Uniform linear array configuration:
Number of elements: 48
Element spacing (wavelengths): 0.75
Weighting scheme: uniform
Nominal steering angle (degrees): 0
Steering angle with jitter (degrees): -1.282
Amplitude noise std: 0.05
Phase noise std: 0.05

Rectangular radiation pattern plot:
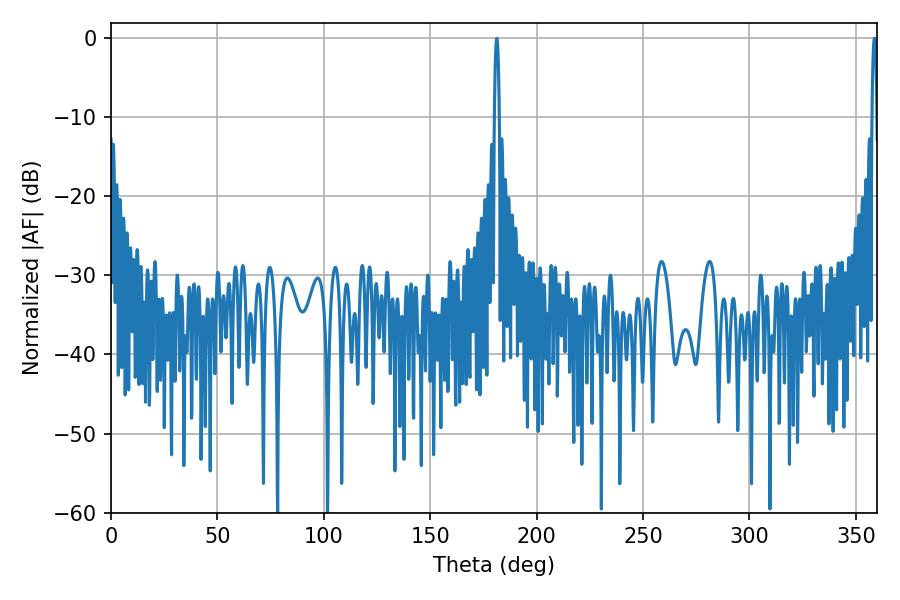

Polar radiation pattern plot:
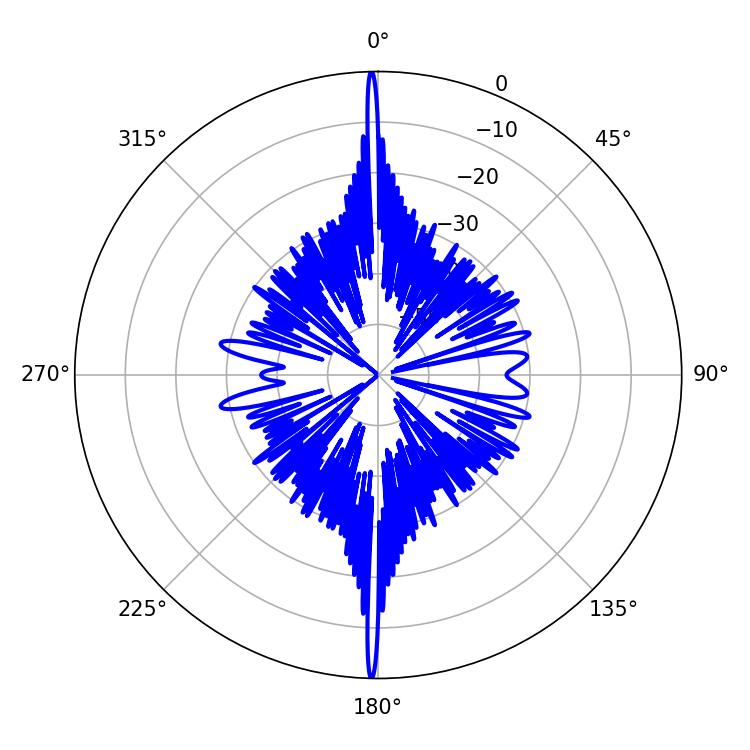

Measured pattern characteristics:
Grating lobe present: TRUE
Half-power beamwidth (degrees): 1.26
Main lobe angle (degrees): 181.26